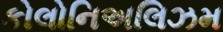
કોલોનિઅલિઝમ